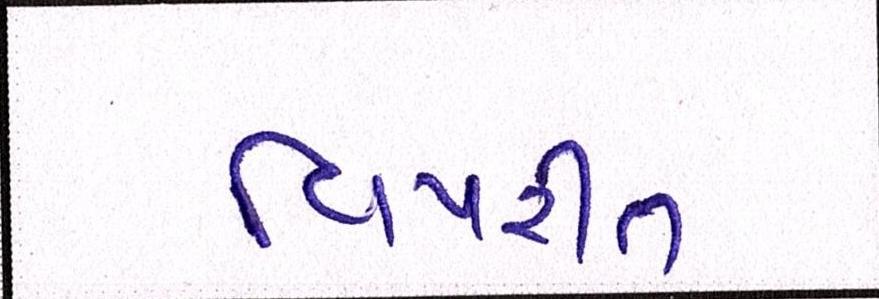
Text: વિપરીત